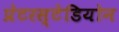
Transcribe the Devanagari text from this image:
प्रेटरस्टेडियोन